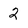
Character: 2